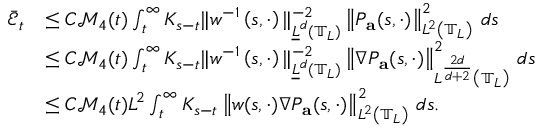
\begin{array} { r l } { \bar { \mathcal { E } } _ { t } } & { \leq C \mathcal { M } _ { 4 } ( t ) \int _ { t } ^ { \infty } K _ { s - t } \| w ^ { - 1 } \left( s , \cdot \right) \| _ { \underline { { L } } ^ { d } ( \mathbb { T } _ { L } ) } ^ { - 2 } \left\| P _ { \mathbf { a } } ( s , \cdot ) \right\| _ { L ^ { 2 } \left( \mathbb { T } _ { L } \right) } ^ { 2 } \, d s } \\ & { \leq C \mathcal { M } _ { 4 } ( t ) \int _ { t } ^ { \infty } K _ { s - t } \| w ^ { - 1 } \left( s , \cdot \right) \| _ { \underline { { L } } ^ { d } ( \mathbb { T } _ { L } ) } ^ { - 2 } \left\| \nabla P _ { \mathbf { a } } ( s , \cdot ) \right\| _ { L ^ { \frac { 2 d } { d + 2 } } \left( \mathbb { T } _ { L } \right) } ^ { 2 } \, d s } \\ & { \leq C \mathcal { M } _ { 4 } ( t ) L ^ { 2 } \int _ { t } ^ { \infty } K _ { s - t } \left\| w ( s , \cdot ) \nabla P _ { \mathbf { a } } ( s , \cdot ) \right\| _ { L ^ { 2 } \left( \mathbb { T } _ { L } \right) } ^ { 2 } \, d s . } \end{array}